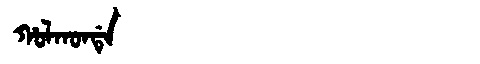
Manchu: ᡥᠣᠯᡴᠣᠨᡩᡝ
Romanization: HOLKONDE